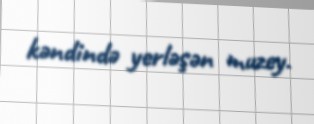
kəndində yerləşən muzey.